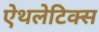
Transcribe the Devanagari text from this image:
ऐथलेटिक्स